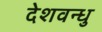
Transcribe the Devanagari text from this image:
देशवन्धु